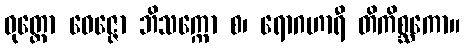
ဝုတ္တော ဝေဇ္ဇော ဘိသက္ကော စ၊ ရောဂဟာရီ တိကိစ္ဆကော။